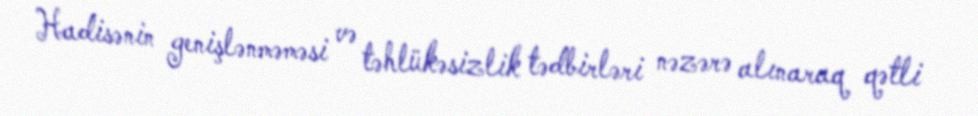
Hadisənin genişlənməməsi və təhlükəsizlik tədbirləri nəzərə alınaraq qətli